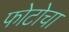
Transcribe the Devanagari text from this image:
फोटोचा